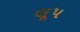
લૂપ